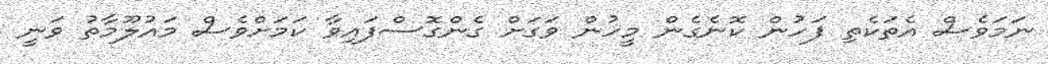
ނަމަވެސް އެތަކެތި ފަހުން ކޮނެގެން މީހުން ވަގަށް ގެންގޮސްފައިވާ ކަމަށްވެސް މައުލޫމާތު ވަނީ